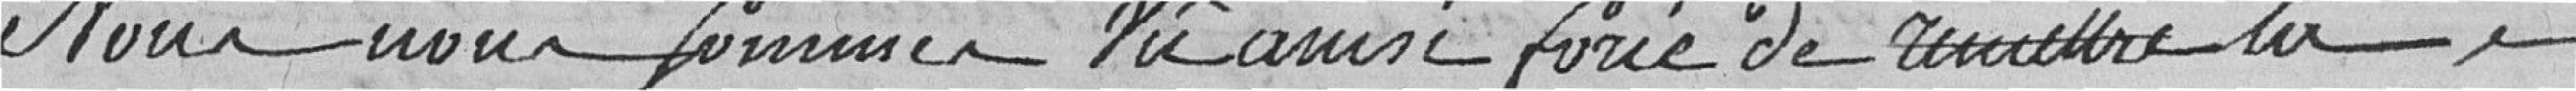
Nous nous sommes vu ainsi forcé de remettre la